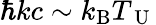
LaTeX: \hbar kc\sim k_{\mathrm{B}}T_{\mathrm{~U~}}